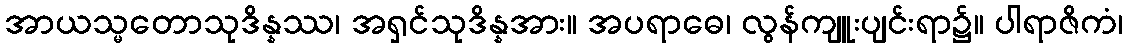
အာယသ္မတောသုဒိန္နဿ၊ အရှင်သုဒိန္နအား။ အပရာဓေ၊ လွန်ကျူးပျင်းရာ၌။ ပါရာဇိကံ၊